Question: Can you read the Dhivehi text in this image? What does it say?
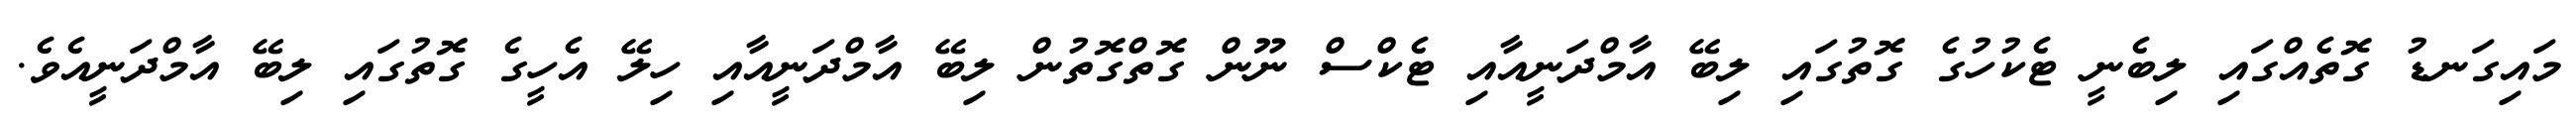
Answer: މައިގަނޑު ގޮތެއްގައި ލިބެނީ ޓެކުހުގެ ގޮތުގައި ލިބޭ އާމްދަނީއާއި ޓެކްސް ނޫން ގޮތްގޮތުން ލިބޭ އާމްދަނީއާއި ހިލޭ އެހީގެ ގޮތުގައި ލިބޭ އާމްދަނީއެވެ.